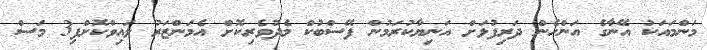
މަންްމައަކު އޭނާގެ އަންހެން ދަރިފުޅަށް އަނިޔާކުރަމުން ފޭސްބުކް މެދުވެރިކޮށް އެމަންޒަރު ލައިވްކޮށްފި3 މަސް